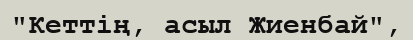
"Кеттің, асыл Жиенбай",